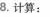
8.计算：